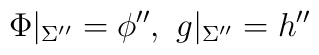
\Phi |_{\Sigma ''}=\phi '',~g |_{\Sigma ''}=h ''